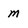
Character: m